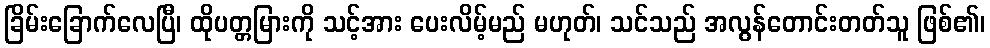
ခြိမ်းခြောက်လေပြီ၊ ထိုပတ္တမြားကို သင့်အား ပေးလိမ့်မည် မဟုတ်၊ သင်သည် အလွန်တောင်းတတ်သူ ဖြစ်၏၊